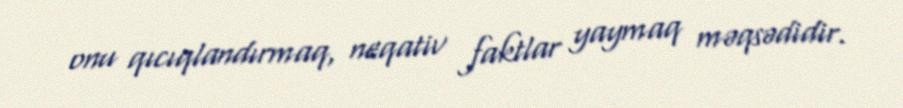
onu qıcıqlandırmaq, neqativ faktlar yaymaq məqsədidir.